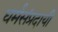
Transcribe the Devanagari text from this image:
धर्मसंप्रदायी